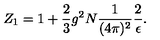
Z _ { 1 } = 1 + \frac { 2 } { 3 } g ^ { 2 } N \frac { 1 } { ( 4 \pi ) ^ { 2 } } \frac { 2 } { \epsilon } .